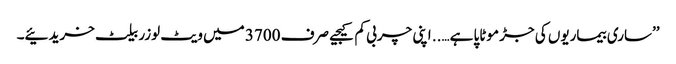
’’ساری بیماریوں کی جڑ موٹاپا ہے….. اپنی چربی کم کیجیے صرف 3700 میں ویٹ لوزر بیلٹ خریدئیے۔